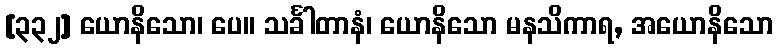
[၃၃၂] ယောနိသော၊ ပေ။ သင်္ခါတာနံ၊ ယောနိသော မနသိကာရ, အယောနိသော